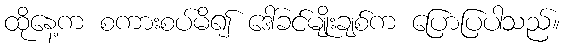
ထိုနေ့က စကားစပ်မိ၍ ဒေါ်ခင်မျိုးချစ်က ပြောပြပါသည်။